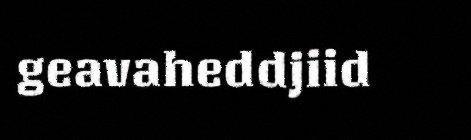
geavaheddjiid